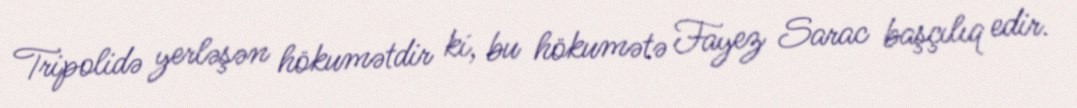
Tripolidə yerləşən hökumətdir ki, bu hökumətə Fayez Sarac başçılıq edir.